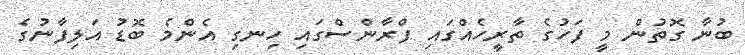
ބުނާ ގޮތުން މީ ފަހުގެ ތާރީހެއްގައި ފްރާންސްގައި ހިނގި އެންމެ ބޮޑު އަލިފާނުގެ